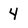
Character: 4